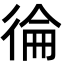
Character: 𭛴